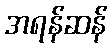
အရန်ဆန်